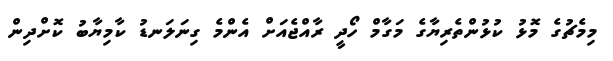
މިމެޗުގެ މޮޅު ކުޅުންތެރިޔާގެ މަގާމް ހޯދީ ރާއްޖެއަށް އެންމެ ގިނަލަނޑު ކާމިޔާބު ކޮށްދިން